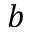
b